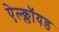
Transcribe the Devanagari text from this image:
ऐल्क्लॉयड